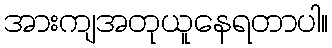
အားကျအတုယူနေရတာပါ။